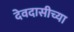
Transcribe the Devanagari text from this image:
देवदासीच्या